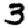
Digit: 3